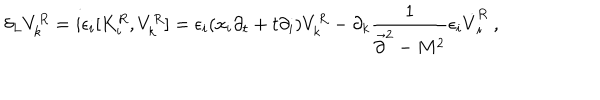
\delta _ { L } V _ { k } ^ { R } = i \epsilon _ { i } [ K _ { i } ^ { R } , V _ { k } ^ { R } ] = \epsilon _ { i } ( x _ { i } \partial _ { t } + t \partial _ { i } ) V _ { k } ^ { R } - \partial _ { k } { \frac { 1 } { \vec { \partial } ^ { 2 } - M ^ { 2 } } } \epsilon _ { i } \dot { V } _ { i } ^ { R } ~ ,